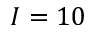
I = 1 0